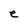
Character: e